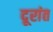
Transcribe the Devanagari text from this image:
दूरांत